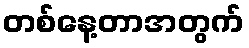
တစ်နေ့တာအတွက်